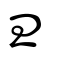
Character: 彐